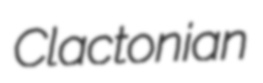
Clactonian